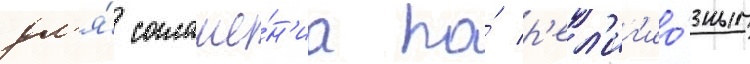
дл'я́ соглаше́н'иа по́ р'ел'иг'ио́зным